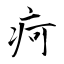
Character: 疴